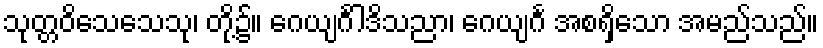
သုတ္တဝိသေသေသု၊ တို့၌။ ဂေယျင်္ဂါဒိသညာ၊ ဂေယျင်္ဂ အစရှိသော အမည်သည်။